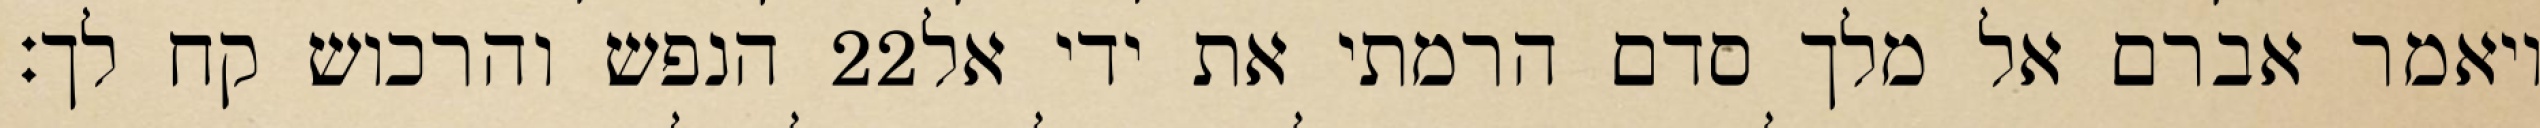
הנפש והרכוש קח לך׃ ‎22‏ ויאמר אברם אל מלך סדם הרמתי את ידי אל